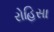
રોહિસા